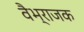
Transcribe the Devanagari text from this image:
वैभ्राजक